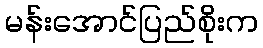
မန်းအောင်ပြည်စိုးက